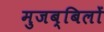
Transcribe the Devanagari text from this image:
मुजब्बिलों